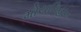
મોયનિહાન